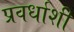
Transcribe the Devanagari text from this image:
प्रवर्धाशी